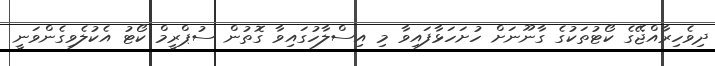
ދިވެހިރާއްޖޭގެ ކޯޓުތަކުގެ ގާނޫނަށް ހުށަހަޅާފައިވާ މި އިސްލާހުގައިވާ ގޮތުން ސުޕްރީމް ކޯޓު އެކުލެވިގެންވަނީ